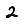
Digit: 2